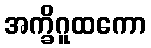
အက္ခိဂူထကော